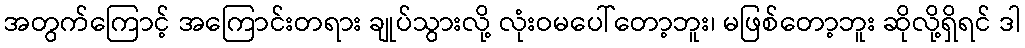
အတွက်ကြောင့် အကြောင်းတရား ချုပ်သွားလို့ လုံးဝမပေါ်တော့ဘူး၊ မဖြစ်တော့ဘူး ဆိုလို့ရှိရင် ဒါ